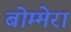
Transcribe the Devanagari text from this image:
बोम्मेरा